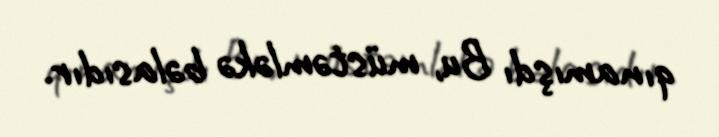
qınamışdı Bu, müstəmləkə bəlasıdır.